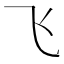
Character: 飞